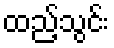
ထည့်သွင်း